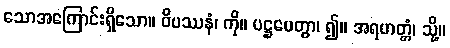
သောအကြောင်းရှိသော။ ဝိပဿနံ၊ ကို။ ပဋ္ဌပေတွာ၊ ၍။ အရဟတ္တံ၊ သို့။